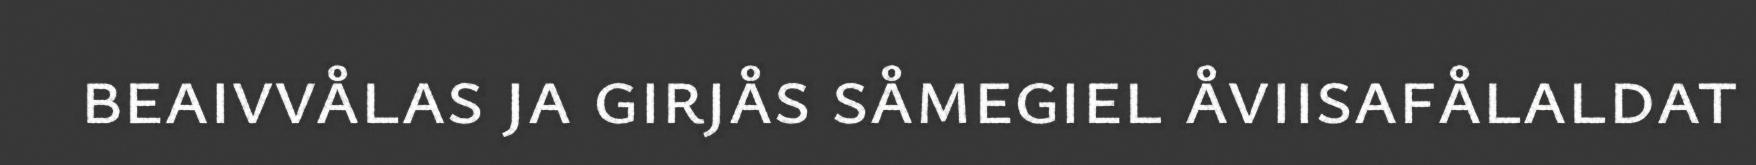
beaivvålas ja girjås såmegiel åviisafålaldat